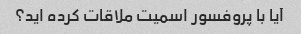
آیا با پروفسور اسمیت ملاقات کرده اید؟